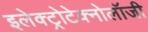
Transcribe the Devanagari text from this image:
इलेक्ट्रोटेक्नोलॉजी